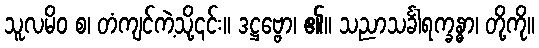
သူလမိဝ စ၊ တံကျင်ကဲ့သို့၎င်း။ ဒဋ္ဌဗ္ဗော၊ ၏။ သညာသင်္ခါရက္ခန္ဓာ၊ တို့ကို။